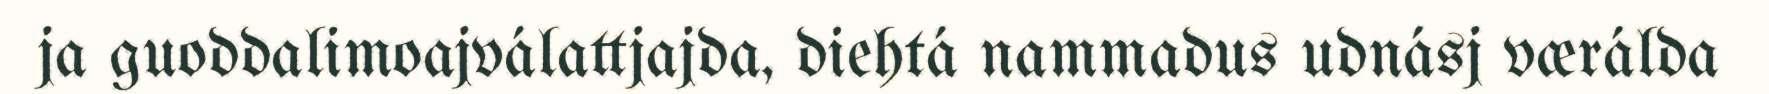
ja guoddalimoajválattjajda, diehtá nammadus udnásj værálda